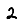
Digit: 2